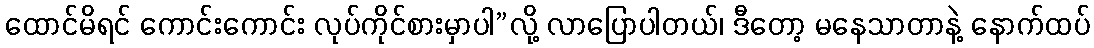
ထောင်မိရင် ကောင်းကောင်း လုပ်ကိုင်စားမှာပါ”လို့ လာပြောပါတယ်၊ ဒီတော့ မနေသာတာနဲ့ နောက်ထပ်